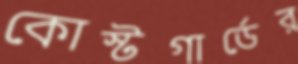
কোস্টগার্ডের